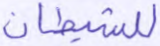
للشيطان